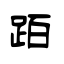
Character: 𬦰